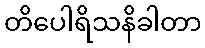
တိပေါရိသနိခါတာ